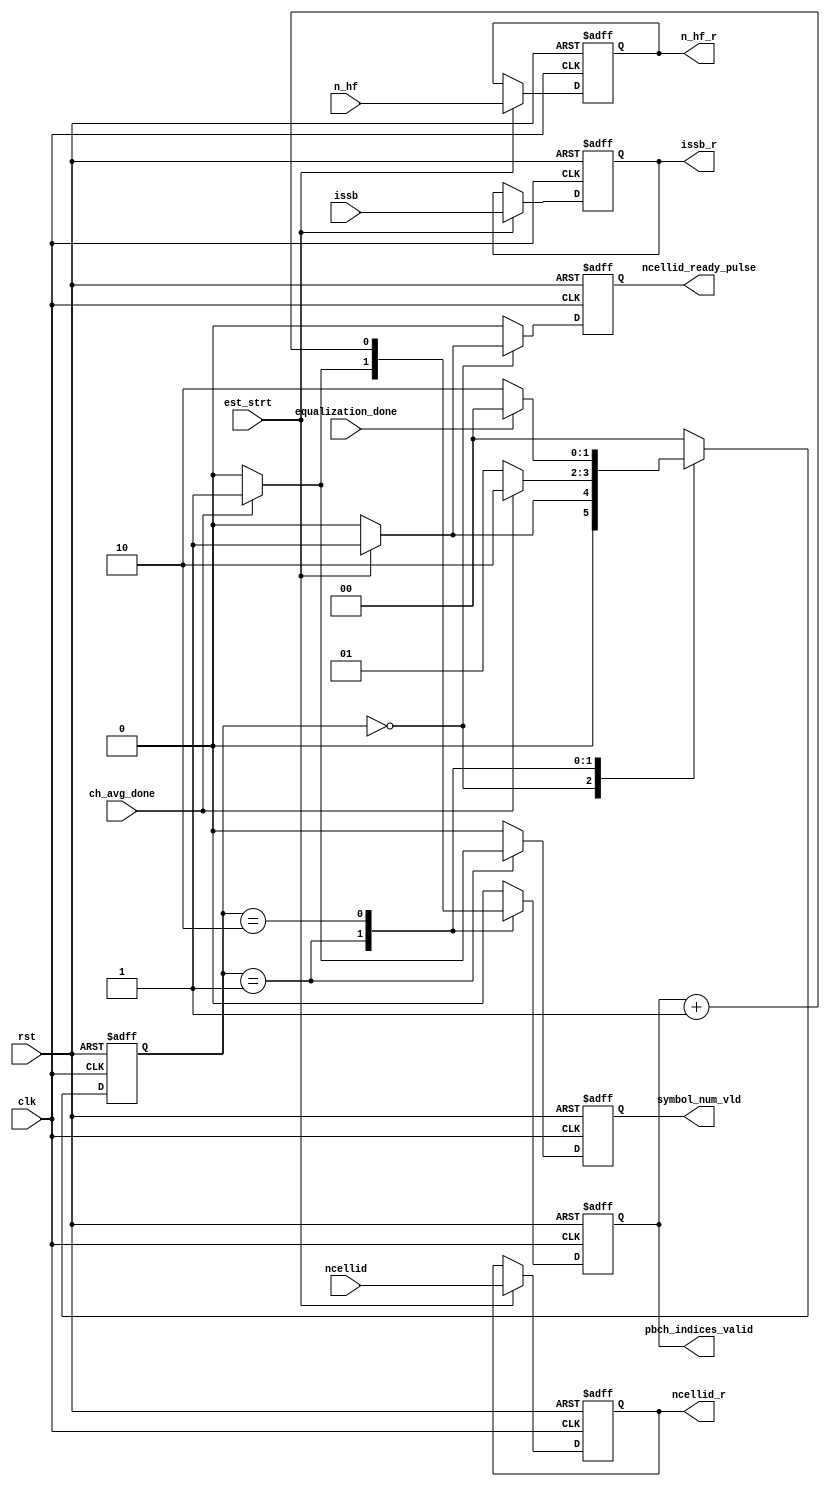
module top_ctrl (
    output reg                                       ncellid_ready_pulse,
    output reg         [1                    :0]     issb_r,
    output reg         [9                    :0]     ncellid_r,          
    output reg                                       n_hf_r,
    output reg                                       symbol_num_vld,
    output reg                                       pbch_indices_valid,
    input  wire                                      est_strt,
    input  wire                                      ch_avg_done,
    input  wire                                      equalization_done,
    input  wire        [1                    :0]     issb,
    input  wire        [9                    :0]     ncellid,  
    input  wire                                      n_hf,
    input  wire                                      clk,
    input  wire                                      rst
);


reg [1:0] current_state;
reg [1:0] next_state;
reg       symbol_num_vld_nx, pbch_indices_valid_nx, ncellid_ready_pulse_nx;

localparam  IDLE            = 2'b00, 
            ESTIMATION      = 2'b01,
            EQUALIZATION    = 2'b10;

always @(posedge clk or negedge rst) begin
    if (!rst) begin
        current_state      <= IDLE;
        symbol_num_vld     <= 'd0;
        pbch_indices_valid <= 'd0;
        issb_r             <= 'd0;
        ncellid_r          <= 'd0;
        n_hf_r             <= 'd0; 
        ncellid_ready_pulse<= 'd0;
    end
    else begin
        current_state      <= next_state;
        symbol_num_vld     <= symbol_num_vld_nx;
        pbch_indices_valid <= pbch_indices_valid_nx;
        ncellid_ready_pulse<= ncellid_ready_pulse_nx;
        if (est_strt) begin
            issb_r         <= issb ;
            ncellid_r      <= ncellid;
            n_hf_r         <= n_hf;
        end
    end
end

always @(*) begin
    //counter = counter_r;
    case (current_state)
        IDLE    :   begin
                        if (est_strt) begin
                            next_state = ESTIMATION;
                        end
                        else begin
                            next_state = IDLE;
                        end 
        end 

        ESTIMATION   :   begin
                        if (ch_avg_done) begin
                            next_state = EQUALIZATION;
                        end
                        else begin
                            next_state = ESTIMATION;
                        end 
        end

        EQUALIZATION   :   begin
                        if (equalization_done) begin
                            next_state = IDLE;
                        end else begin
                            next_state = EQUALIZATION;
                        end 
        end

        default :   next_state = IDLE;
    endcase
end

always @(*) begin
    pbch_indices_valid_nx = pbch_indices_valid;
    ncellid_ready_pulse_nx = ncellid_ready_pulse;
    case (current_state)
        IDLE   :    begin
                    ncellid_ready_pulse_nx    = 1'b0;
                    symbol_num_vld_nx      = 1'b0;
                    pbch_indices_valid_nx  = 1'b0;
                    if (est_strt) begin
                        ncellid_ready_pulse_nx  = 1'b1;
                    end
        end
        ESTIMATION  :    begin  
                    ncellid_ready_pulse_nx    = 1'b0;
                    symbol_num_vld_nx         = 1'b0;
                    pbch_indices_valid_nx     = 1'b0;
                    if (ch_avg_done) begin
                        symbol_num_vld_nx     = 1'b1;
                        pbch_indices_valid_nx = 1'b1;
                    end      
        end

        EQUALIZATION  :    begin  
                    ncellid_ready_pulse_nx = 1'b0;
                    symbol_num_vld_nx      = 1'b0;
                    pbch_indices_valid_nx  = pbch_indices_valid+1'b1;
        end

        default:    begin
                    ncellid_ready_pulse_nx = 1'b0;
                    symbol_num_vld_nx      = 1'b0;
                    pbch_indices_valid_nx  = 1'b0;
        end
    endcase
end


endmodule